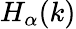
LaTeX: H_{\alpha}(k)